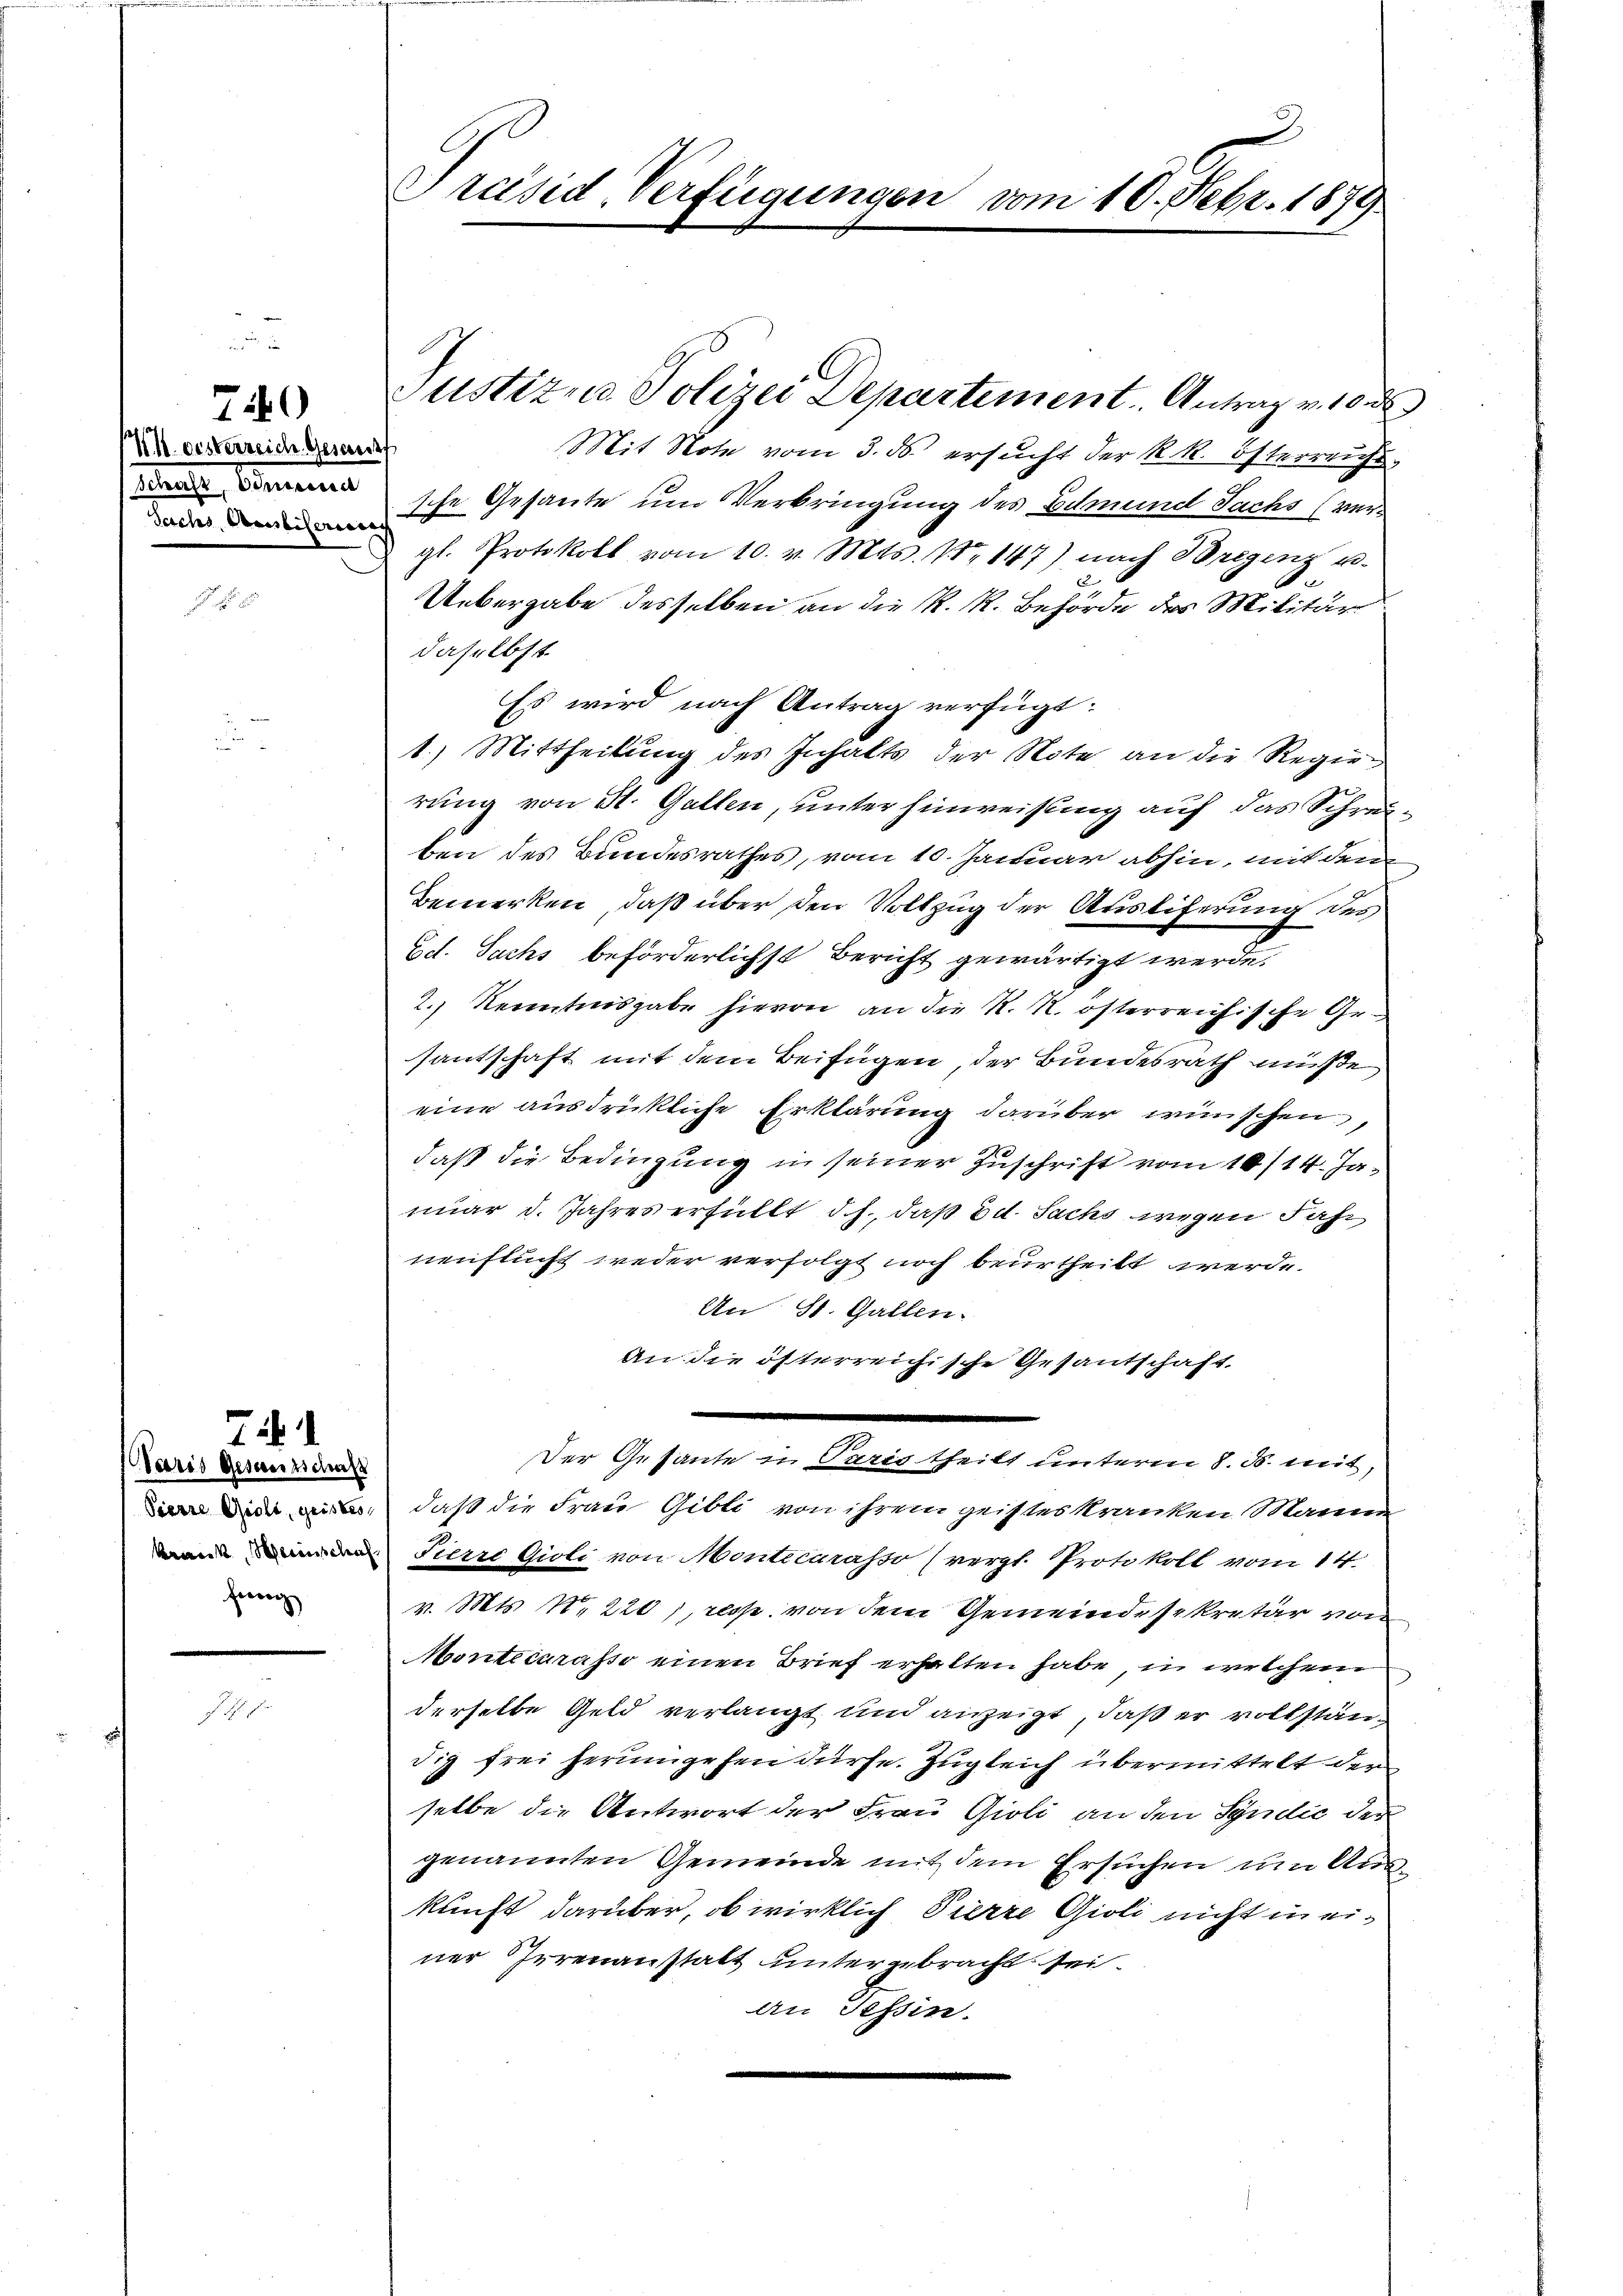
79

K. oesterreich. Geset
earten, betreuen
Sechs Arrestiferiren,

75. 1

Paris Gesenschaf
Braut, Merinschaf
fewog

Présid, Verfügungen vom 10. Febr. 1879

Justizuo Polizei Departement. Antrag v. 10 d
Mit Note vom 3. ds. ersucht der k. k. österreichs
sche Gesante um Verbringung des Edmund Sachs (vergl. Protokoll vom 10. v. Mts. Nr. 147) nach Bregenz u.
Uebergabe desselben an die K. K. Behörde des Militär
daselbst.
Es wird nach Antrag verfügt:
1.) Mittheilung des Inhalts der Note an die Regierung von St. Gallen, unter hinweisung auf das Schreue
ben des Bundesrathes, vom 10. Januar abhin, mit den
Bemerken, daß über den Vollzug der Ausliferung des
Ed. Sachs beförderlichst Bericht gewärtigt werde.
2.) Kenntnisgabe hievon an die R. R. österreichische Gesantschaft mit dem Beifügen, der Bundesrath müße
eine ausdrückliche Erklärung darüber wünschen,
daß die Bedingung in seiner Zuschrift vom 10/14. Januar d. Jahres erfüllt d. J., daß Ed. Sachs wegen Jahr
nenflucht weder verfolgt noch beurtheilt werde.
An St. Gallen.
An die öfterreichische Gesantschaft,
Der Gesante in Paris theilt unterm 8. d. mit,
 daß die Frau Gibli von ihrem geisteskranken Manne
Fierre Gioli von Montecarasso (vergl. Protokoll vom 14.
v. Mts. N. 220), resp. von dem Gemeinde sekretär von
Montecarasso einen Brief erhalten habe, in welchem
derselbe Geld verlangt und anzeigt, daß er vollständig frei herumgehen dürfe. Zugleich übermittelt der
selbe die Antwort der Frau Gioli an den Syndić der
genannten Gemeinde mit dem Ersuchen um Auskunft darüber, ob wirklich Vierze Gioli nicht in einer Irrenanstatt untergebracht sei.
an Tessin.